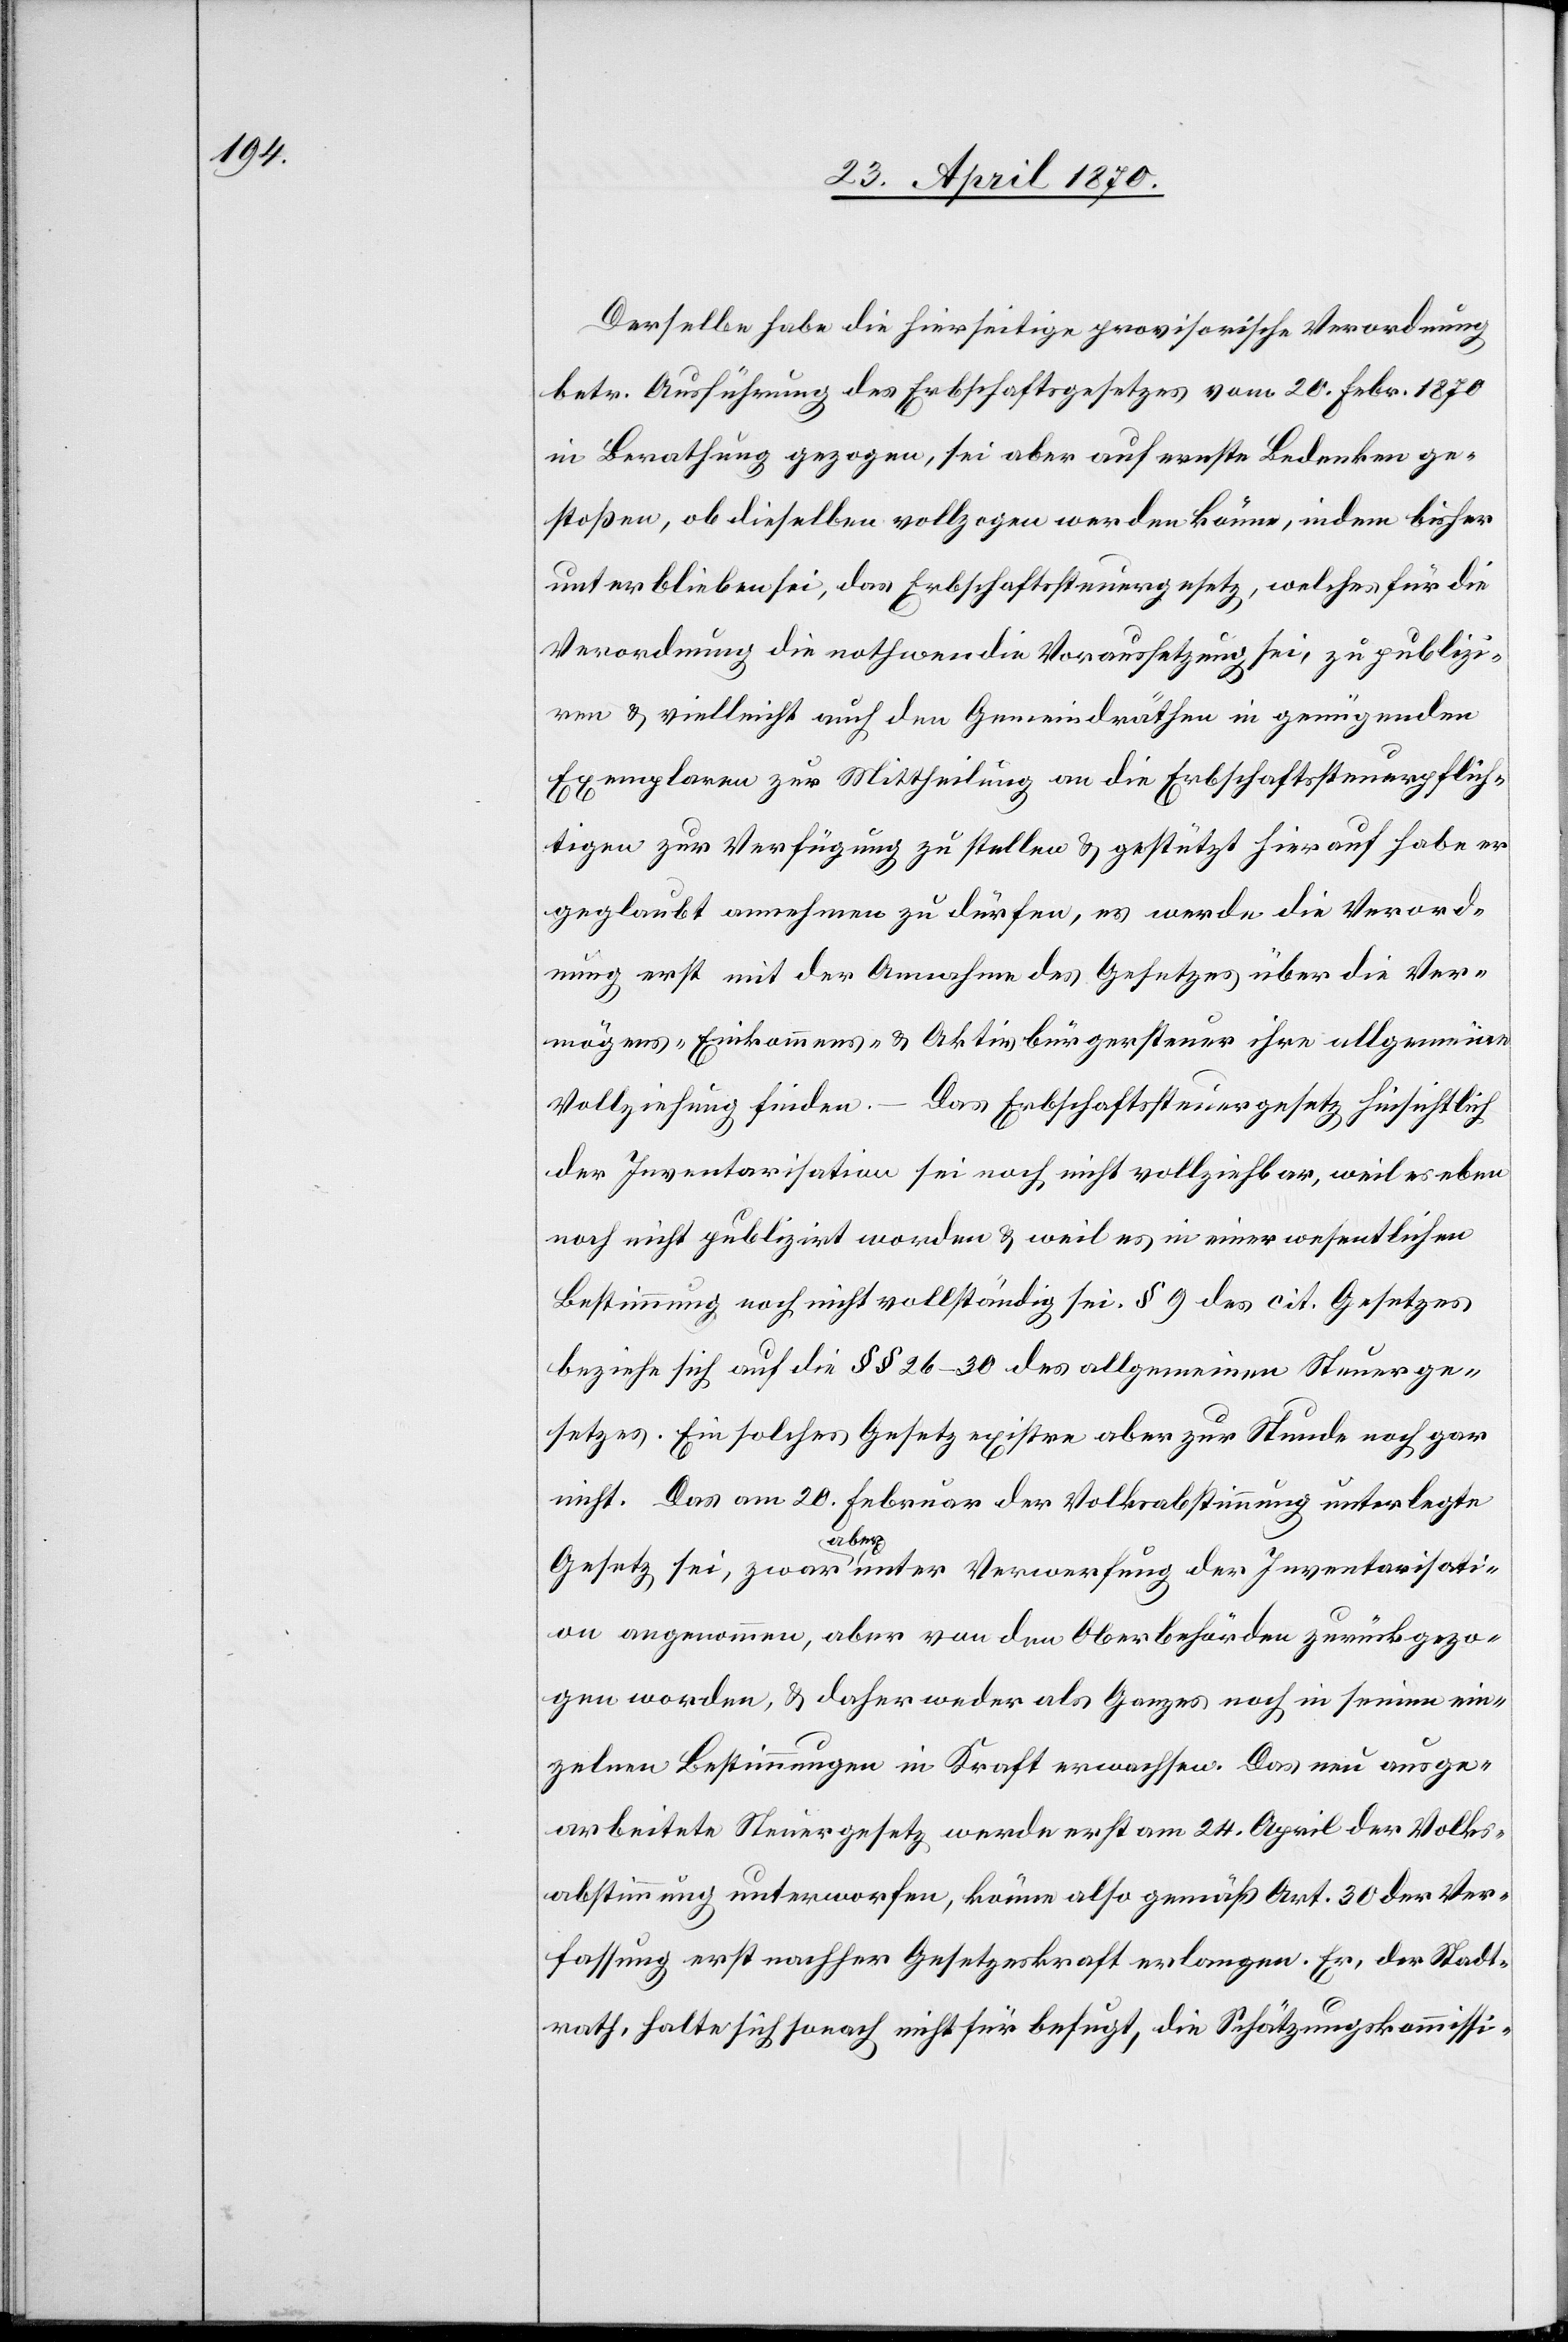
Derselbe habe die hierseitige provisorische Verordnung
betr. Ausführung des Erbschaftsgesetzes vom 20. Febr. 1870
in Berathung gezogen, sei aber auf ernste Bedenken ge¬
stoßen, ob dieselben vollzogen werden könne, indem bisher
unterblieben sei, das Erbschaftssteuergesetz, welches für die
Verordnung die nothwendi[g]e Voraussetzung sei, zu publizi¬
ren & vielleicht auch den Gemeindräthen in genügenden
Exemplaren zur Mittheilung an die Erbschaftssteuerpflich¬
tigen zur Verfügung zu stellen & gestützt hierauf habe er
geglaubt annehmen zu dürfen, es werde die Verord¬
nung erst mit der Annahme des Gesetzes über die Ver¬
mögens-[,] Einkommens- & Aktivbürgersteuer ihre allgemeine
Vollziehung finden. – Das Erbschaftssteuergesetz hinsichtlich
der Inventarisation sei noch nicht vollziehbar, weil es eben
noch nicht publizirt worden & weil es in einer wesentlichen
Bestimmung noch nicht vollständig sei. § 9 des cit. Gesetzes
beziehe sich auf die §§ 26–30 des allgemeinen Steuerge¬
setzes. Ein solches Gesetz exist[i]re aber zur Stunde noch gar
nicht. Das am 20. Februar der Volksabstimmung unterlegte
sati¬
on angenommen, aber von den Oberbehörden zurückgezo¬
gen worden, & daher weder als Ganzes noch in seinen ein¬
zelnen Bestimmungen in Kraft erwachsen. Das neu ausge¬
arbeitete Steuergesetz werde erst am 24. April der Volks¬
abstimmung unterworfen, könne also gemäß Art. 30 der Ver¬
fassung erst nachher Gesetzeskraft erlangen. Er, der Stadt¬
rath, halte sich sonach nicht für befugt, die Schätzungskommissi-